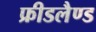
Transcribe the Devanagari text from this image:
फ्रीडलैण्ड